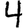
Digit: 4